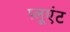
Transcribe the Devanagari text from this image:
प़्लूएंट